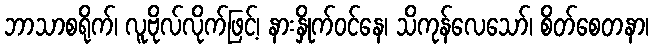
ဘာသာစရိုက်၊ လူဗိုလ်လိုက်ဖြင့်၊ နားနှိုက်ဝင်နေ၊ သိကုန်လေသော်၊ စိတ်စေတနာ၊